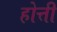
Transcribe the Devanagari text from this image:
होत्ती